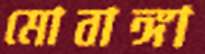
মোবাঙ্গা